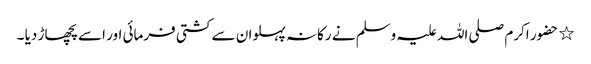
٭ حضور اکرم صلی اللہ علیہ وسلم نے رکانہ پہلوان سے کشتی فرمائی اور اسے پچھاڑ دیا ۔